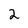
Character: 2